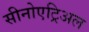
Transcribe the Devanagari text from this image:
सीनोएट्रिअल